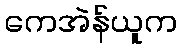
ကေအဲန်ယူက